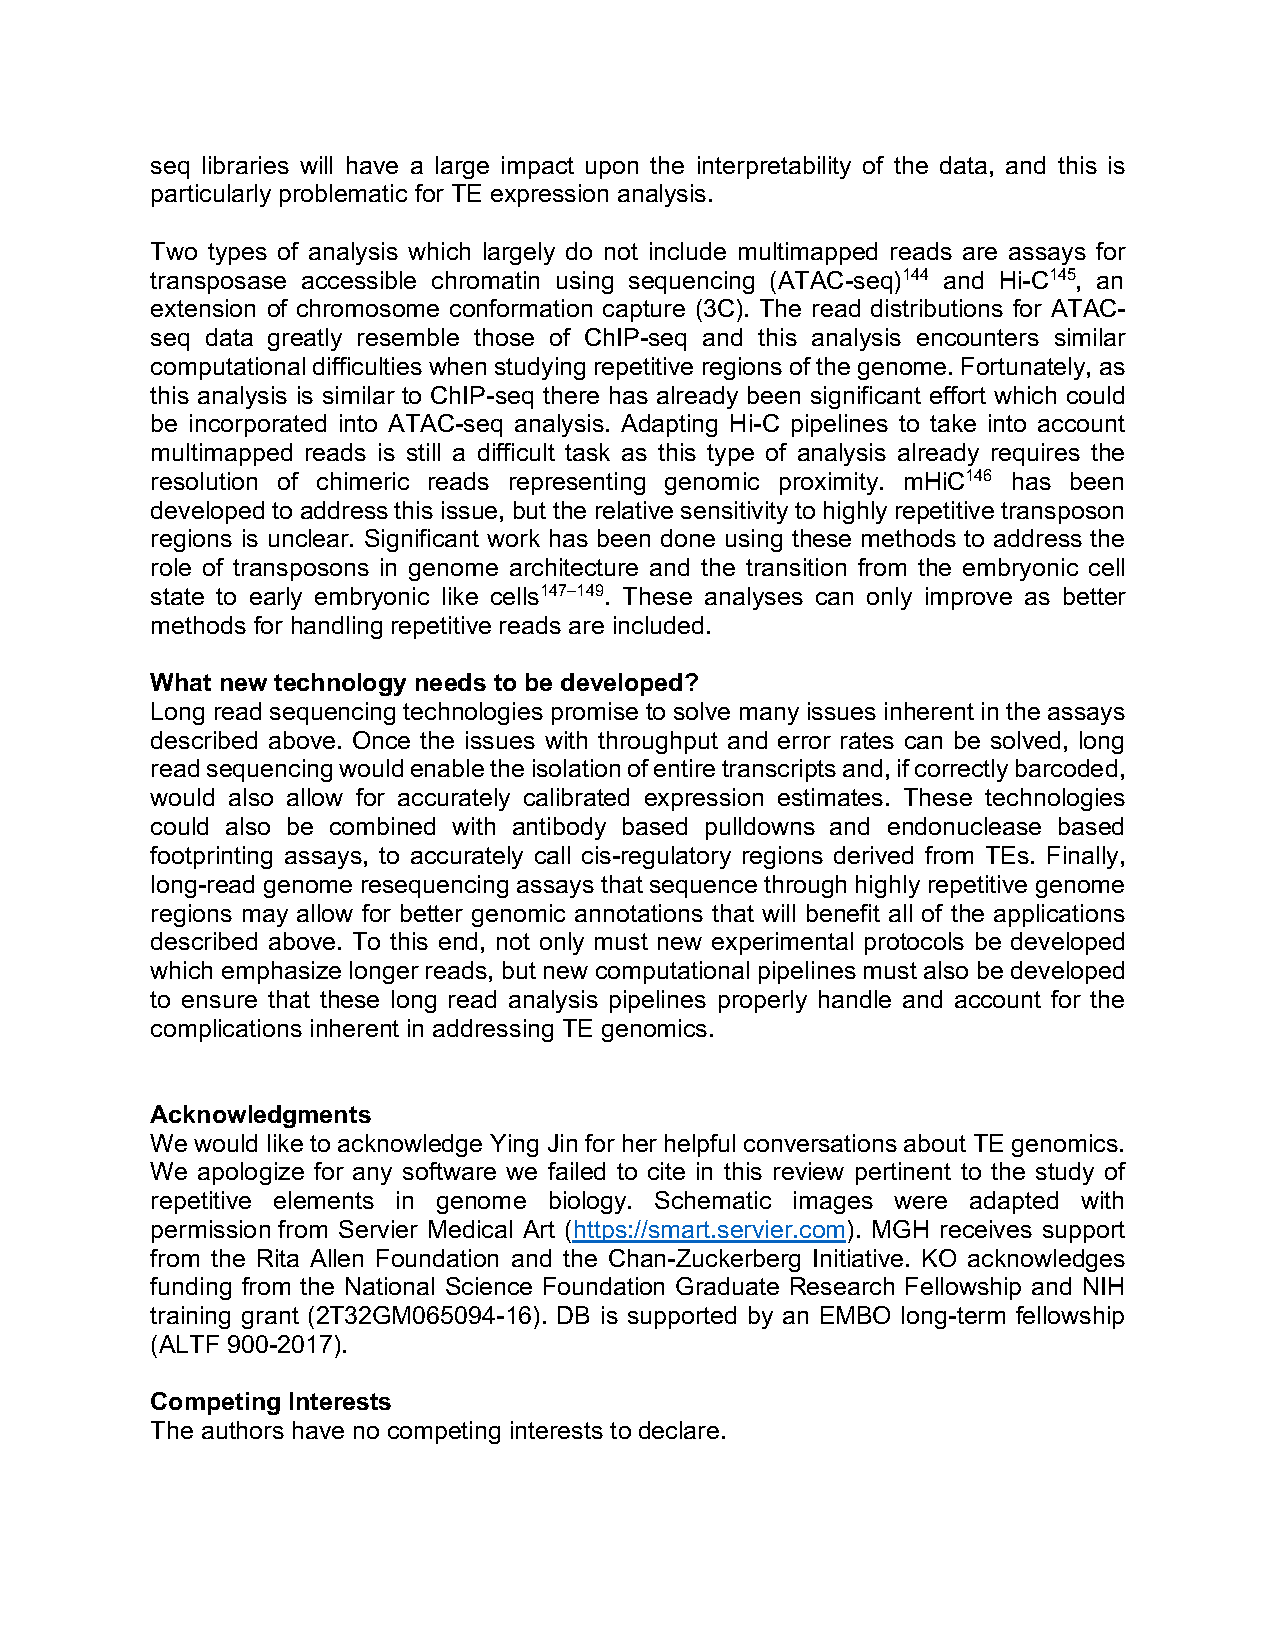
seq libraries will have a large impact upon the interpretability of the data, and this is
 particularly problematic for TE expression analysis.
 Two types of analysis which largely do not include multimapped reads are assays for
 transposase accessible chromatin using sequencing (ATAC-seq)144 and Hi-C145, an
 extension of chromosome conformation capture (3C). The read distributions for ATAC-
 seq data greatly resemble those of ChIP-seq and this analysis encounters similar
 computational difficulties when studying repetitive regions of the genome. Fortunately, as
 this analysis is similar to ChIP-seq there has already been significant effort which could
 be incorporated into ATAC-seq analysis. Adapting Hi-C pipelines to take into account
 multimapped reads is still a difficult task as this type of analysis already requires the
 resolution of chimeric reads representing genomic proximity. mHiC146 has been
 developed to address this issue, but the relative sensitivity to highly repetitive transposon
 regions is unclear. Significant work has been done using these methods to address the
 role of transposons in genome architecture and the transition from the embryonic cell
 state to early embryonic like cells147–149. These analyses can only improve as better
 methods for handling repetitive reads are included.
 What new technology needs to be developed?
 Long read sequencing technologies promise to solve many issues inherent in the assays
 described above. Once the issues with throughput and error rates can be solved, long
 read sequencing would enable the isolation of entire transcripts and, if correctly barcoded,
 would also allow for accurately calibrated expression estimates. These technologies
 could also be combined with antibody based pulldowns and endonuclease based
 footprinting assays, to accurately call cis-regulatory regions derived from TEs. Finally,
 long-read genome resequencing assays that sequence through highly repetitive genome
 regions may allow for better genomic annotations that will benefit all of the applications
 described above. To this end, not only must new experimental protocols be developed
 which emphasize longer reads, but new computational pipelines must also be developed
 to ensure that these long read analysis pipelines properly handle and account for the
 complications inherent in addressing TE genomics.
 Acknowledgments
 We would like to acknowledge Ying Jin for her helpful conversations about TE genomics.
 We apologize for any software we failed to cite in this review pertinent to the study of
 repetitive elements in genome biology. Schematic images were adapted with
 permission from Servier Medical Art (https://smart.servier.com). MGH receives support
 from the Rita Allen Foundation and the Chan-Zuckerberg Initiative. KO acknowledges
 funding from the National Science Foundation Graduate Research Fellowship and NIH
 training grant (2T32GM065094-16). DB is supported by an EMBO long-term fellowship
 (ALTF 900-2017).
 Competing Interests
 The authors have no competing interests to declare.